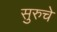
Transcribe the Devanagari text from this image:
सुरुचे